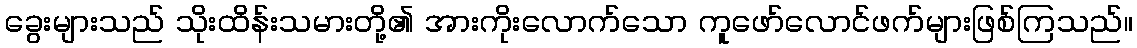
ခွေးများသည် သိုးထိန်းသမားတို့၏ အားကိုးလောက်သော ကူဖော်လောင်ဖက်များဖြစ်ကြသည်။